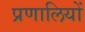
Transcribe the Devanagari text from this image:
प्रणालियों